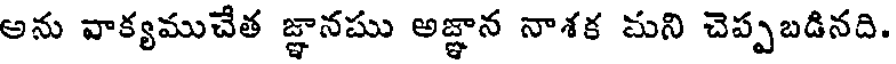
అను వాక్యముచేత జ్ఞానము అజ్ఞాన నాశక మని చెప్పబడినది.